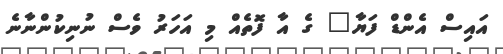
އައިސް އެންޑް ފަޔާ" ގެ އާ ފޮތެއް މި އަހަރު ވެސް ނުނިކުންނާނެ